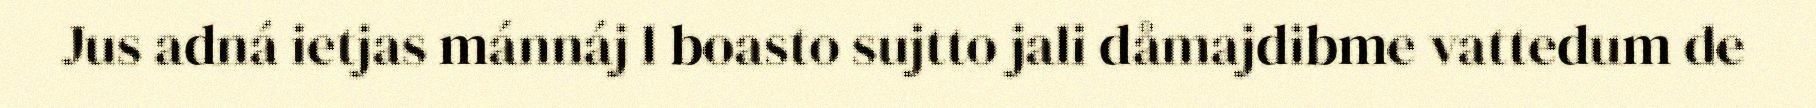
Jus adná ietjas mánnáj l boasto sujtto jali dåmajdibme vattedum de